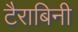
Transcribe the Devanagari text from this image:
टैराबिनी